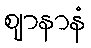
ဈာနာနံ